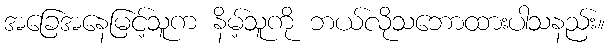
အခြေအနေမြင့်သူက နိမ့်သူကို ဘယ်လိုသဘောထားပါသနည်း။